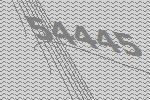
54445